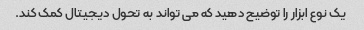
یک نوع ابزار را توضیح دهید که می تواند به تحول دیجیتال کمک کند.